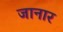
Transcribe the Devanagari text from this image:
जानार